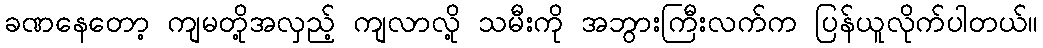
ခဏနေတော့ ကျမတို့အလှည့် ကျလာလို့ သမီးကို အဘွားကြီးလက်က ပြန်ယူလိုက်ပါတယ်။